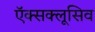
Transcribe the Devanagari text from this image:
ऍक्सक्लूसिव